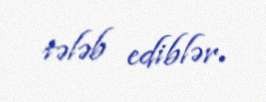
tələb ediblər.